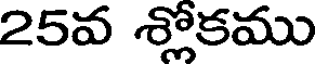
25వ శ్లోకము